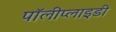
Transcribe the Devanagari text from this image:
पॉलीप्लाइडी